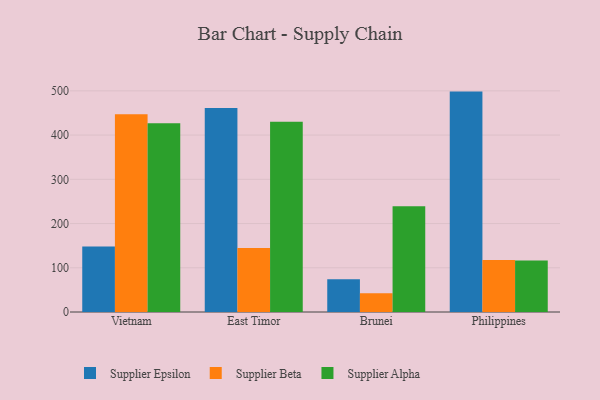
{"axis": {"x": "Country", "y": "Bounce Rate (%)"}, "legend": ["Supplier Alpha", "Supplier Beta", "Supplier Epsilon"], "data": [{"x": "Vietnam", "y": 148.2, "type": "Supplier Epsilon"}, {"x": "Vietnam", "y": 446.9, "type": "Supplier Beta"}, {"x": "Vietnam", "y": 426.8, "type": "Supplier Alpha"}, {"x": "East Timor", "y": 461.1, "type": "Supplier Epsilon"}, {"x": "East Timor", "y": 144.7, "type": "Supplier Beta"}, {"x": "East Timor", "y": 430.4, "type": "Supplier Alpha"}, {"x": "Brunei", "y": 74.3, "type": "Supplier Epsilon"}, {"x": "Brunei", "y": 42.2, "type": "Supplier Beta"}, {"x": "Brunei", "y": 239.0, "type": "Supplier Alpha"}, {"x": "Philippines", "y": 498.3, "type": "Supplier Epsilon"}, {"x": "Philippines", "y": 117.5, "type": "Supplier Beta"}, {"x": "Philippines", "y": 116.4, "type": "Supplier Alpha"}]}